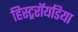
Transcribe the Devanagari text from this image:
हिस्ट्ररॉयडिया